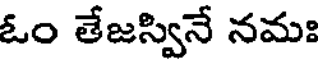
ఓం తేజస్వినే నమః